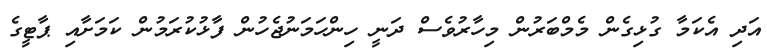
އަދި އެކަމާ ގުޅިގެން މެމްބަރުން މިހާރުވެސް ދަނީ ހިންހަމަނުޖެހުން ފާޅުކުރަމުން ކަމަށާއި ޕާޓީގެ